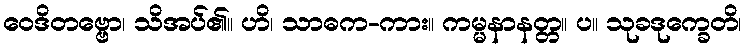
ဝေဒိတဗ္ဗော၊ သိအပ်၏။ ဟိ၊ သာဓက-ကား။ ကမ္မနာနတ္တ။ ပ။ သုခဒုက္ခေတိ၊